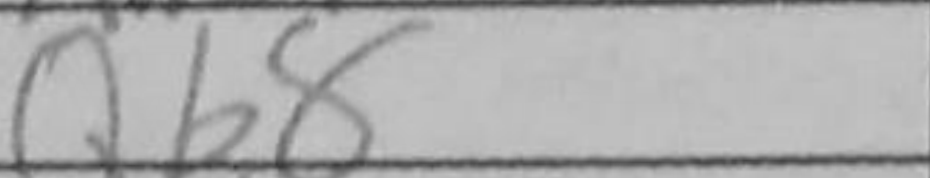
Transcription: Qb8